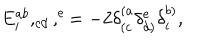
E _ { i } ^ { a b } , _ { c d } , ^ { e } = - 2 \delta _ { ( c } ^ { ( a } \delta _ { d ) } ^ { e } \delta _ { i } ^ { b ) } ,